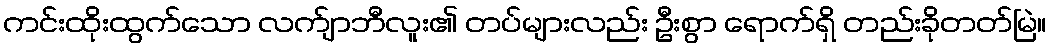
ကင်းထိုးထွက်သော လက်ျာဘီလူး၏ တပ်များလည်း ဦးစွာ ရောက်ရှိ တည်းခိုတတ်မြဲ။